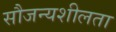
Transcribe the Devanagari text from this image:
सौजन्यशीलता